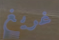
غريغ